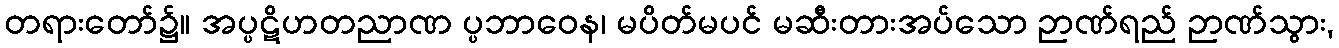
တရားတော်၌။ အပ္ပဋိဟတညာဏ ပ္ပဘာဝေန၊ မပိတ်မပင် မဆီးတားအပ်သော ဉာဏ်ရည် ဉာဏ်သွား,